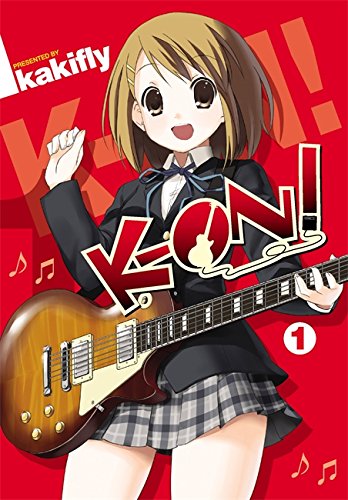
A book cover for K-ON!, Vol. 1; kakifly; Teen & Young Adult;